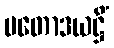
ပတောဒယဋ္ဌိံ